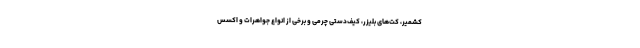
کشمیر، کت‌های بلیزر، کیف‌دستی چرمی و برخی از انواع جواهرات و اکسس